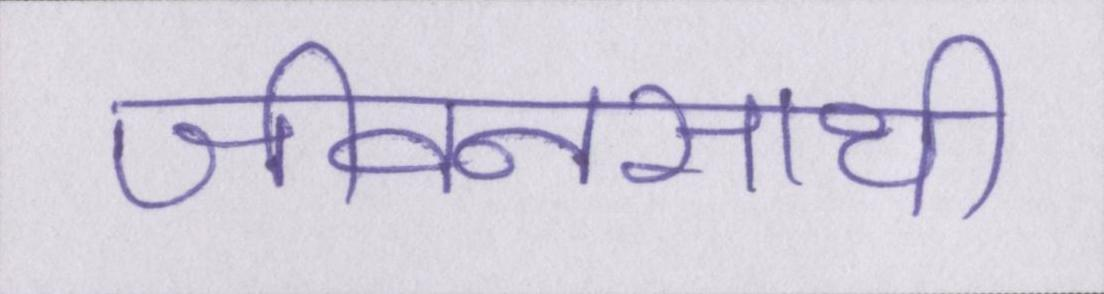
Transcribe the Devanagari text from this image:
जीवनसाथी